Punjab Mental Hospital Lahore 1932-46 - 1932-1946
Year: 1932
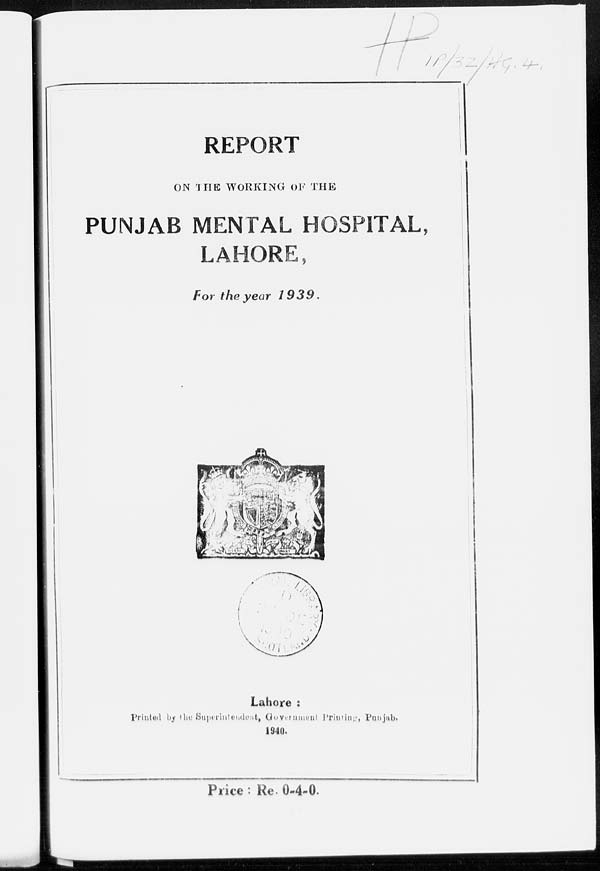
REPORT
ON THE WORKING OF THE
PUNJAB MENTAL HOSPITAL,
LAHORE,
For the year
1939.
Lahore :
Printed
by
the
Superintendent,
Government
Printing,
Punjab.
1940.
Price : Re 0-4-0.